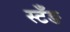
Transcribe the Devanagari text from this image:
स्टँङ